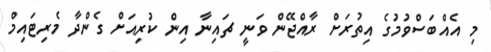
މި އެއްބަސްވުމުގެ އިތުރަށް ރާއްޖޭން ވަނީ ޗައިނާ އިން ކުރިއަށް ގެންދާ މެރިޓައިމް